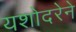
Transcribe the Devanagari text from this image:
यशोदरेने